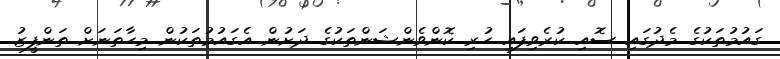
ގައުމުތަކުގެ މެދުގައި ސޮއި ކުރެވިފައި ހުރި ކޮންވެންޝަންތަކުގެ ދަށުން އެގައުމުތަކުން މިހާތަނަށް ތަންފީޒު